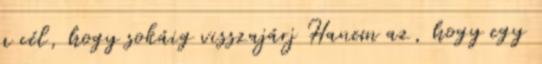
a cél, hogy sokáig visszajárj Hanem az, hogy egy